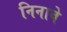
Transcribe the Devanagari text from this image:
निनावे